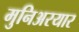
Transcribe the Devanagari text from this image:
मुनिअरयार